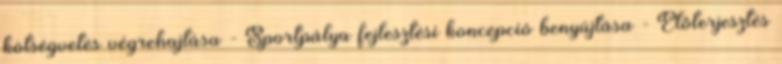
kötségvetés végrehajtása - Sportpálya fejlesztési koncepció benyújtása - Előterjesztés